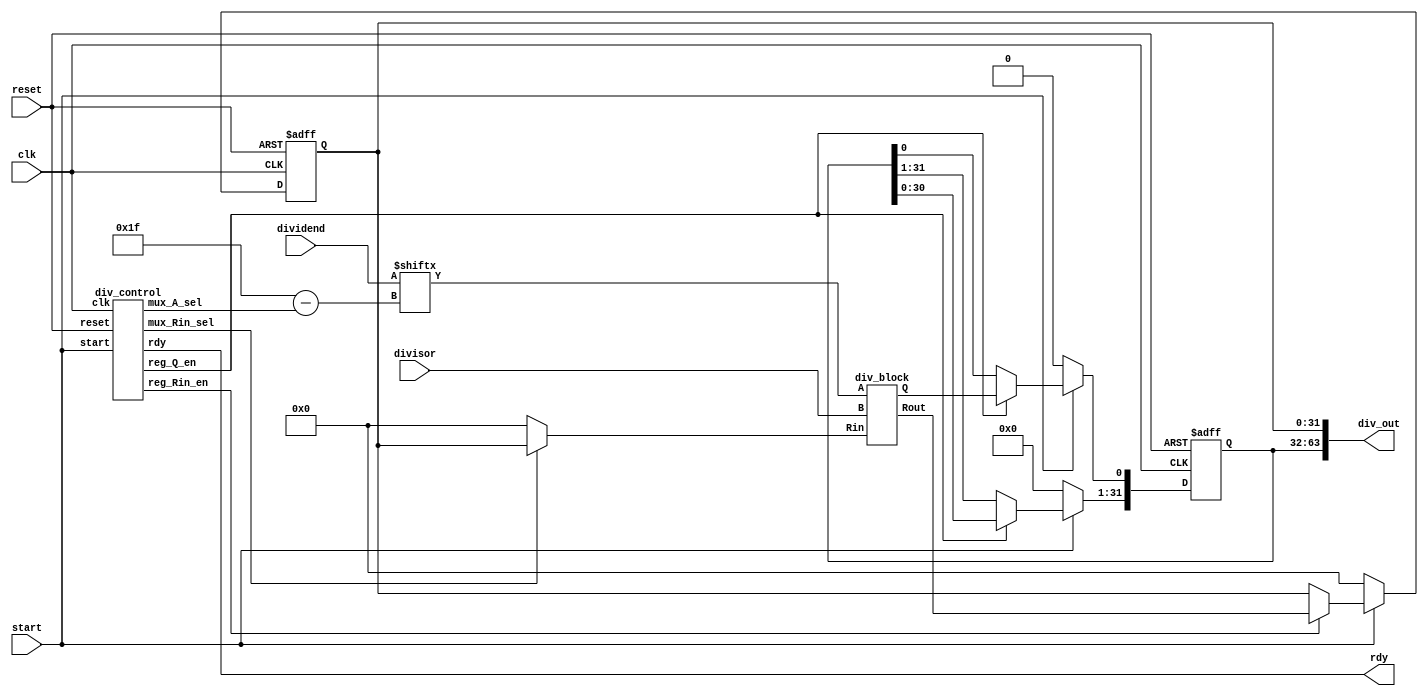
module divider_32(
	input clk,
	input start,
	input reset,
	input [31:0] dividend,
	input [31:0] divisor,
	output rdy,
	output [63:0] div_out);

	wire [31:0] Q32;

	//DividerBlock Signals
	wire A;
	wire [31:0] Rin, Rout, R;
	wire Q;

	//Control Signals
	wire [4:0] mux_A_sel;
	wire mux_Rin_sel;
	wire reg_Rin_en;
	wire reg_Q_en;


	//Registers
	reg [31:0] reg_R, reg_Q;


	div_control div_control(start, clk, reset, mux_A_sel, mux_Rin_sel, reg_Rin_en, reg_Q_en, rdy);

	div_block div_block(A, divisor, Rin, Rout, Q);

	assign A = dividend[31-mux_A_sel];
	
	assign Rin = mux_Rin_sel ? reg_R : 32'd0;

	assign Q32 = reg_Q;

	assign R = reg_R;

	assign div_out = {Q32, R};

	always @ (posedge clk or negedge reset) begin

	   if(!reset) begin
	       reg_R <= 32'd0;
           reg_Q <= 32'd0;
	   end

	   else begin
            if (start == 0) begin
                reg_R <= 32'd0;
                reg_Q <= 32'd0;
            end

            else begin
                if (reg_Rin_en == 1)
                    reg_R <= Rout;
                else
                	reg_R <= reg_R;

                if (reg_Q_en == 1) begin
                    reg_Q[31:1] <= reg_Q[30:0];
                    reg_Q[0] <= Q;
                end else
                    reg_Q <= reg_Q;
            end
        end
	end

endmodule


module div_array(
	input [31:0] a,
	input [31:0] b,
	output [31:0] r,
	output q);

	wire [32:0] r_temp;
	wire q_temp;

	assign r_temp = a - b;

	assign q_temp = ~r_temp[32];

	assign r = q_temp ? r_temp[31:0] : a;

	assign q = q_temp;

endmodule

module div_block(
	input A,
	input [31:0] B,
	input [31:0] Rin,
	output [31:0] Rout,
	output Q);

    div_array row_0({Rin[30:0], A}, B, Rout, Q);

endmodule


module div_control(
	input start,
	input clk,
	input reset,
	output reg [4:0] mux_A_sel,
	output reg mux_Rin_sel,
	output reg reg_Rin_en,
	output reg reg_Q_en,
	output reg rdy);

	parameter R1 = 1'b0, Rounds = 1'b1;

	reg current_state;
	reg next_state;
	reg [4:0] round_count;
	reg start_count, rdy_b4_delay;

	always @ (posedge clk or negedge reset) begin
		if(!reset) begin
			current_state <= 1'b0;
			rdy <= 1'b0;	
		end
		else begin
			current_state <= next_state;
			rdy <= rdy_b4_delay;			
		end
	end

	always @ (posedge clk or negedge reset) begin
		if(!reset)
			round_count <= 5'b0;
		else
		begin
			if(start_count)
				round_count <= round_count + 1;
			else
				round_count <= 5'b0;			
		end
	end

	always @* begin

    	case(current_state)
	    	R1: begin

	       		mux_A_sel = 5'b0;
	           	mux_Rin_sel = 1'b0;
	           	rdy_b4_delay = 1'b0;

	    		if(start) begin
	           	   	start_count = 1'b1;
	               	reg_Rin_en = 1'b1;
	               	reg_Q_en = 1'b1;
	               	next_state = Rounds;
	           	end

	           	else begin
	           		start_count = 1'b0;
	               	reg_Rin_en = 1'b0;
	               	reg_Q_en = 1'b0;
	               	next_state = R1;
	           	end
	       	end

	       	Rounds: begin
	       		if(round_count != 5'd31) begin

			   		mux_A_sel = round_count;
			   		start_count = 1'b1;
			   		mux_Rin_sel = 1'b1;
			       	reg_Rin_en = 1'b1;
			       	reg_Q_en = 1'b1;
			       	rdy_b4_delay = 1'b0;
			       	next_state = Rounds;
	           	end

	           	else begin
	           		mux_A_sel = round_count;
	           		start_count = 1'b0;
			   		mux_Rin_sel = 1'b1;
			       	reg_Rin_en = 1'b1;
			       	reg_Q_en = 1'b1;
			       	rdy_b4_delay = 1'b1;
			       	next_state = R1;
	           	end
	       	end


	       	default: begin
	           	next_state = R1;
	           	mux_A_sel = 5'b0;
	           	rdy_b4_delay = 0;
	           	mux_Rin_sel = 0;
	           	reg_Rin_en = 0;
	           	reg_Q_en = 0;
	       	end

        endcase
	end
endmodule